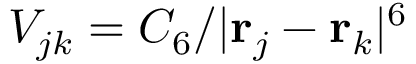
V _ { j k } = C _ { 6 } / | { \bf r } _ { j } - { \bf r } _ { k } | ^ { 6 }